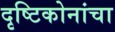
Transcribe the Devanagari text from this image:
दृष्टिकोनांचा